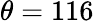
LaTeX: \theta=116